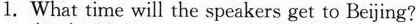
1. What time will the speakers get to Beijing?